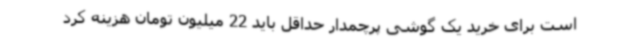
است برای خرید یک گوشی پرچمدار حداقل باید 22 میلیون تومان هزینه کرد